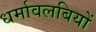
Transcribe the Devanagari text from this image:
धर्मावलबियों